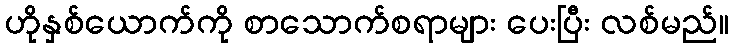
ဟိုနှစ်ယောက်ကို စာသောက်စရာများ ပေးပြီး လစ်မည်။